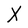
Character: X